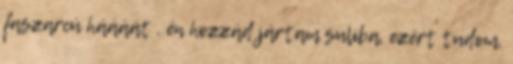
faszarcú háááát . én hozzád jártam suliba, ezért tudom,